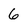
Character: 6